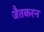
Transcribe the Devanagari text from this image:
जैतकरन